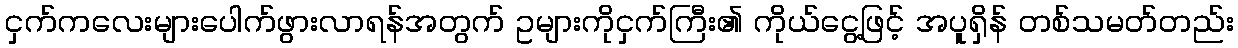
ငှက်ကလေးများပေါက်ဖွားလာရန်အတွက် ဥများကိုငှက်ကြီး၏ ကိုယ်ငွေ့ဖြင့် အပူရှိန် တစ်သမတ်တည်း